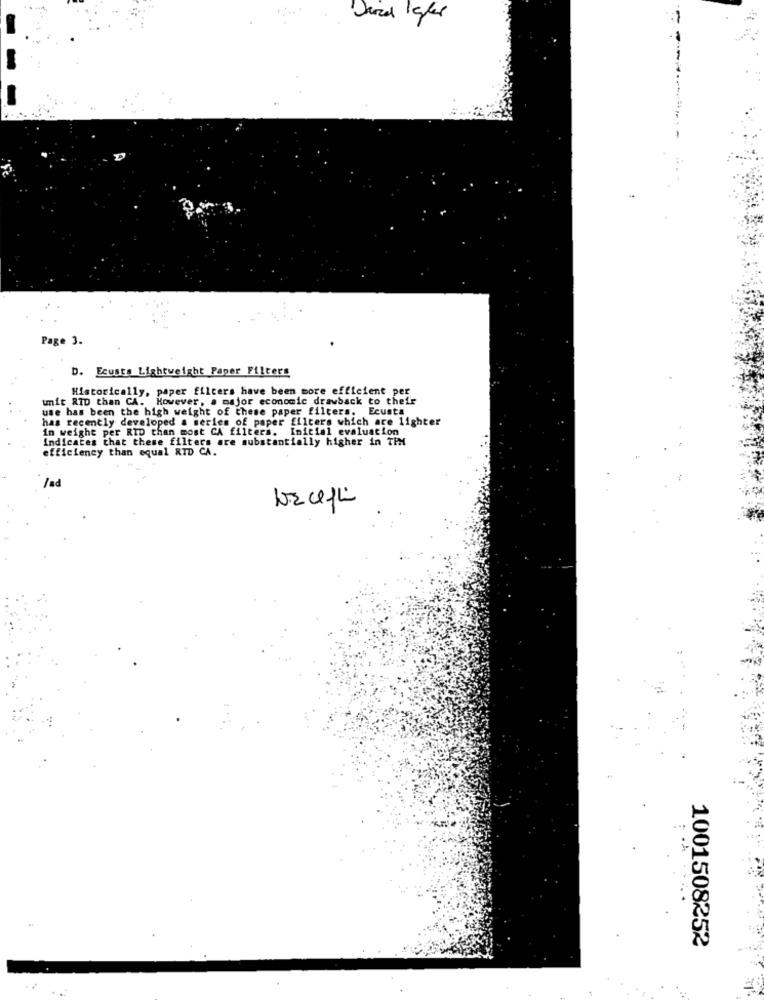
-
Page 3.
D. Ecusta Lightweight Paper Filters
Historically, paper filters have been more efficient per
unit RID than CA. However, a major economic drawback to their
use has been the high weight of these paper filters. Ecusta
has recently developed a series of paper filters which are lighter
in weight per RID than most CA filters. Inicial evaluation
Indicates that these filters are substantially higher in TPM
efficiency than equal RTD CA.
lad
1001508252